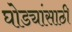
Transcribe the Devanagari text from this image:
घोड्यांसाठी